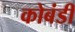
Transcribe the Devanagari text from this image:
कोबंडी